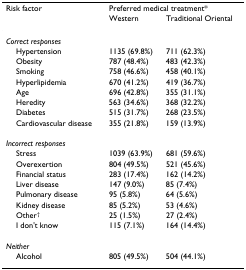
<table><thead><tr><td><b>Risk factor</b></td><td colspan="2"><b>Preferred medical treatment*</b></td></tr><tr><td></td><td><b>Western</b></td><td><b>Traditional Oriental</b></td></tr></thead><tbody><tr><td><i>Correct responses</i></td><td></td><td></td></tr><tr><td> Hypertension</td><td>1135 (69.8%)</td><td>711 (62.3%)</td></tr><tr><td> Obesity</td><td>787 (48.4%)</td><td>483 (42.3%)</td></tr><tr><td> Smoking</td><td>758 (46.6%)</td><td>458 (40.1%)</td></tr><tr><td> Hyperlipidemia</td><td>670 (41.2%)</td><td>419 (36.7%)</td></tr><tr><td> Age</td><td>696 (42.8%)</td><td>355 (31.1%)</td></tr><tr><td> Heredity</td><td>563 (34.6%)</td><td>368 (32.2%)</td></tr><tr><td> Diabetes</td><td>515 (31.7%)</td><td>268 (23.5%)</td></tr><tr><td> Cardiovascular disease</td><td>355 (21.8%)</td><td>159 (13.9%)</td></tr><tr><td><i>Incorrect responses</i></td><td></td><td></td></tr><tr><td> Stress</td><td>1039 (63.9%)</td><td>681 (59.6%)</td></tr><tr><td> Overexertion</td><td>804 (49.5%)</td><td>521 (45.6%)</td></tr><tr><td> Financial status</td><td>283 (17.4%)</td><td>162 (14.2%)</td></tr><tr><td> Liver disease</td><td>147 (9.0%)</td><td>85 (7.4%)</td></tr><tr><td> Pulmonary disease</td><td>95 (5.8%)</td><td>64 (5.6%)</td></tr><tr><td> Kidney disease</td><td>85 (5.2%)</td><td>53 (4.6%)</td></tr><tr><td> Other<sup>†</sup></td><td>25 (1.5%)</td><td>27 (2.4%)</td></tr><tr><td> I don&#x27;t know</td><td>115 (7.1%)</td><td>164 (14.4%)</td></tr><tr><td><i>Neither</i></td><td></td><td></td></tr><tr><td> Alcohol</td><td>805 (49.5%)</td><td>504 (44.1%)</td></tr></tbody></table>